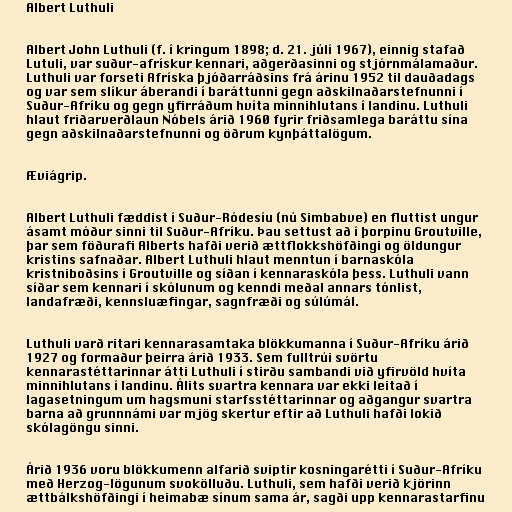
Albert Luthuli

Albert John Luthuli (f. í kringum 1898; d. 21. júlí 1967), einnig stafað
Lutuli, var suður-afrískur kennari, aðgerðasinni og stjórnmálamaður.
Luthuli var forseti Afríska þjóðarráðsins frá árinu 1952 til dauðadags
og var sem slíkur áberandi í baráttunni gegn aðskilnaðarstefnunni í
Suður-Afríku og gegn yfirráðum hvíta minnihlutans í landinu. Luthuli
hlaut friðarverðlaun Nóbels árið 1960 fyrir friðsamlega baráttu sína
gegn aðskilnaðarstefnunni og öðrum kynþáttalögum.

Æviágrip.

Albert Luthuli fæddist í Suður-Ródesíu (nú Simbabve) en fluttist ungur
ásamt móður sinni til Suður-Afríku. Þau settust að í þorpinu Groutville,
þar sem föðurafi Alberts hafði verið ættflokkshöfðingi og öldungur
kristins safnaðar. Albert Luthuli hlaut menntun í barnaskóla
kristniboðsins í Groutville og síðan í kennaraskóla þess. Luthuli vann
síðar sem kennari í skólunum og kenndi meðal annars tónlist,
landafræði, kennsluæfingar, sagnfræði og súlúmál.

Luthuli varð ritari kennarasamtaka blökkumanna í Suður-Afríku árið
1927 og formaður þeirra árið 1933. Sem fulltrúi svörtu
kennarastéttarinnar átti Luthuli í stirðu sambandi við yfirvöld hvíta
minnihlutans í landinu. Álits svartra kennara var ekki leitað í
lagasetningum um hagsmuni starfsstéttarinnar og aðgangur svartra
barna að grunnnámi var mjög skertur eftir að Luthuli hafði lokið
skólagöngu sinni.

Árið 1936 voru blökkumenn alfarið sviptir kosningarétti í Suður-Afríku
með Herzog-lögunum svokölluðu. Luthuli, sem hafði verið kjörinn
ættbálkshöfðingi í heimabæ sínum sama ár, sagði upp kennarastarfinu